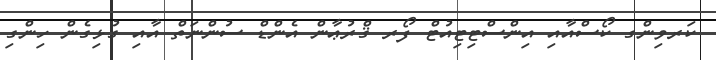
ކަރވިންގ ކޯސްއާއި އިންސްޓިޓިއުޓް ފޯރ ޤްރުޢާން އެންޑް ސުންނަތް އާއި ގުޅިގެން ހިންގި